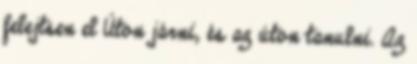
felejtsen el Úton járni, és az úton tanulni. Az